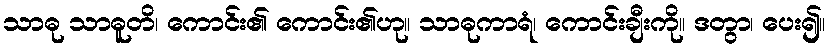
သာဓု သာဓူတိ၊ ကောင်း၏ ကောင်း၏ဟု။ သာဓုကာရံ၊ ကောင်းချီးကို။ ဒတွာ၊ ပေး၍။